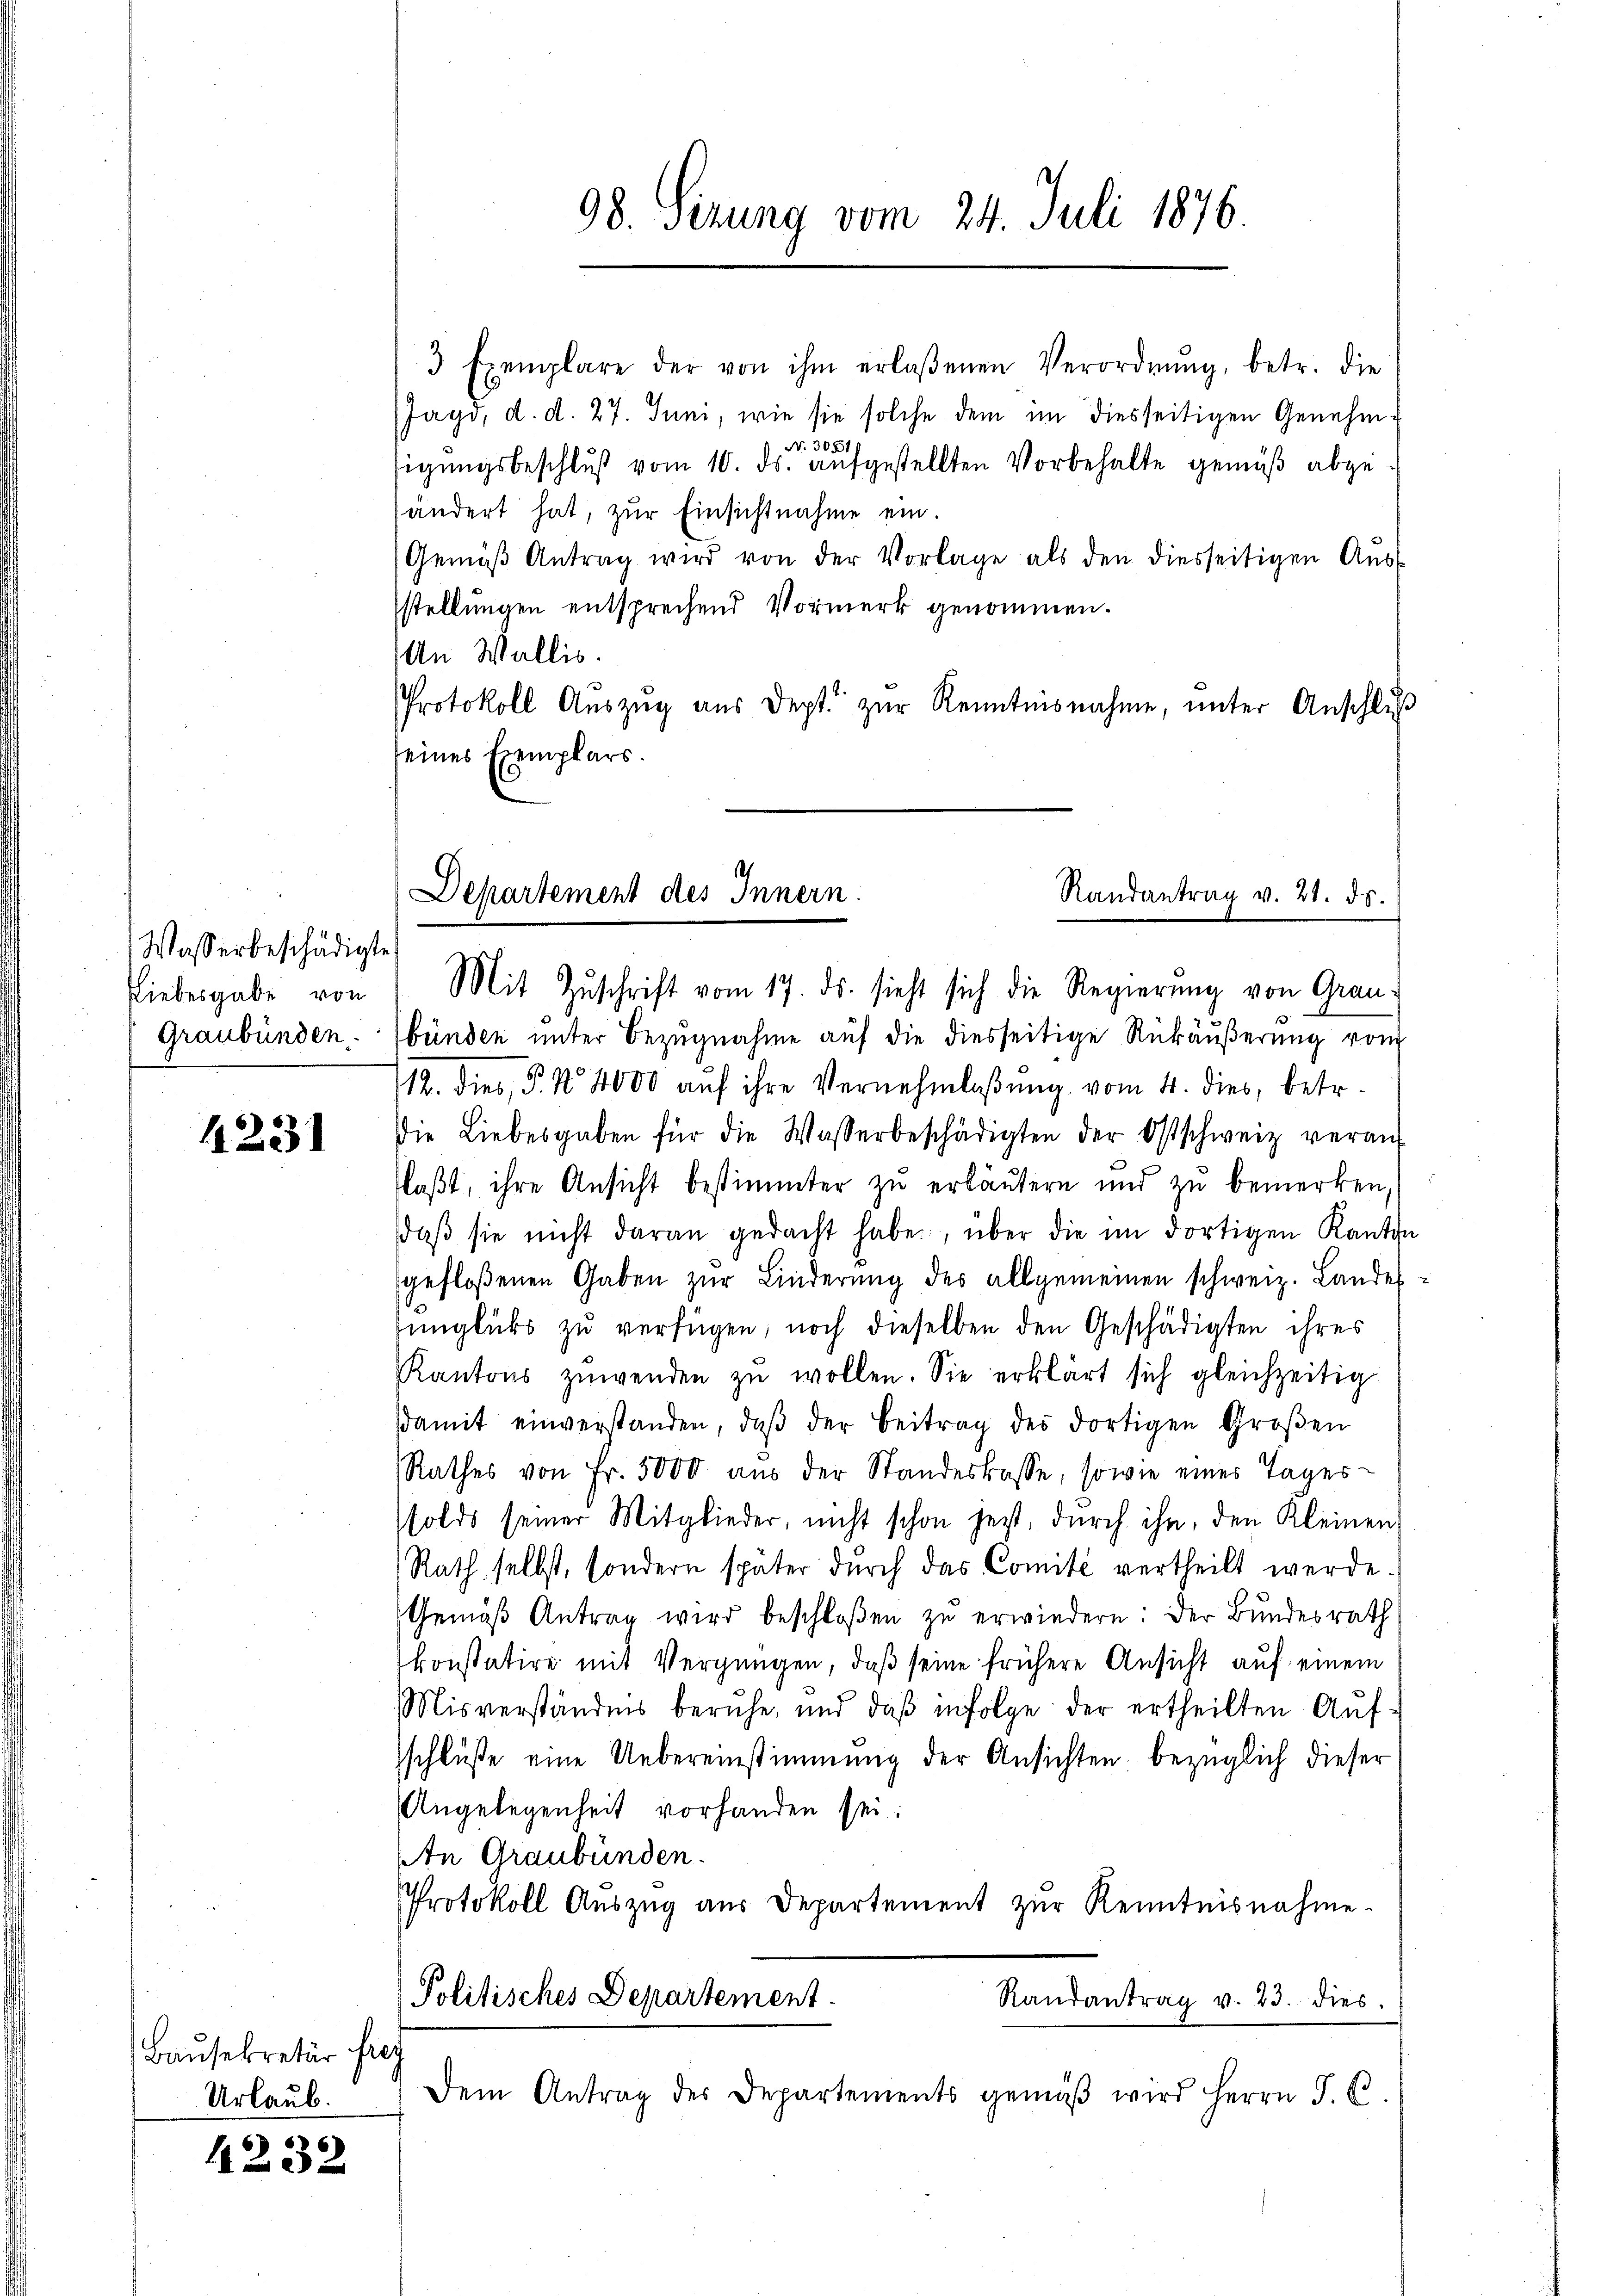
Wasserbeschädigte
Graubünden.

1231

Bausekretär frey
Urlaub.

4232

98. Sizung vom 24. Juli 1876.

3 Exemplare der von ihm erlaßenen Verordnŭng, betr. die
Jagd, d. d. 27. Juni, wie sie solche dem im diesseitigen Genehm-
N. 30511
sigungsbeschluß vom 10. ds. aufgestellten Vorbehalte gemäß abgehändert hat, zŭr Einsichtnahme ein.
Gemäβ Antrag wird von der Vorlage als den diesseitigen Aŭs-
stellungen entsprechend Vormerk genommen.
An Wallis.
Protokoll Aŭszŭg aŭs dept. zŭr Kenntnisnahme, unter Anschluß
seines Exemplars.
.
Departement des Innern.
Randantrag v. 21. ds.

Liebesgabe von Mit Zŭschrift vom 17. ds. sieht sich die Regierŭng von Grau-

bünden unter Bezugnahme auf die diesseitige Rückäußerung von
12. dies, P. Nr. 4000 auf ihre Vernehmlaßung vom 4. dies, betr.
Die Liebesgaben für die Wasserbeschädigten der Ostschweiz veraŭf
laßt, ihre Ansicht bestimmter zu erläutern und zu bemerken,
daβ sie nicht daran gedacht habe, über die im dortigen Kanton
gefloßenen Gaben zŭr Linderung des allgemeinen schweiz. Landes
unglücks zu verfügen, noch dieselben den Geschädigten ihres
KKantons zuwenden zŭ wollen. Sie erklärt sich gleichzeitig
damit einverstanden, daβ der Beitrag des dortigen Groβen
Rathes von Fr. 3000 aŭs der Standeskasse, sowie eines Tages-
olds seiner Mitglieder, nicht schon jetzt, dŭrch ihn, den Kleinen
Rath selbst, sondern später dŭrch das Comité vertheilt werde.
Gemäβ Antrag wird beschloßen zŭ erwiedern: der Bundesrath
konstatire mit Vergnügen, daß seine frühere Ansicht auf einem
Misverständnis beruhe, und daß infolge der ertheilten Aŭf-
schluße eine Uebereinstimmung der Ansichten bezüglich dieser
Angelegenheit vorhanden sei.
An Graubünden.
Protokoll Auszug aus Departement zur Kenntnisnahme.
Politisches Departement
Randantrag v. 23. dies
Dem Antrag des Departements gemäβ wird Herrn J. C